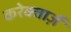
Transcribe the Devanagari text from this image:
करेक्तार्ज़